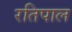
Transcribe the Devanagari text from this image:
रतिपाल